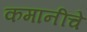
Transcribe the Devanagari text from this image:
कमानींचे